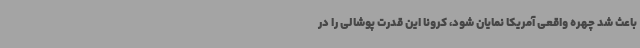
باعث شد چهره واقعی آمریکا نمایان شود، کرونا این قدرت پوشالی را در